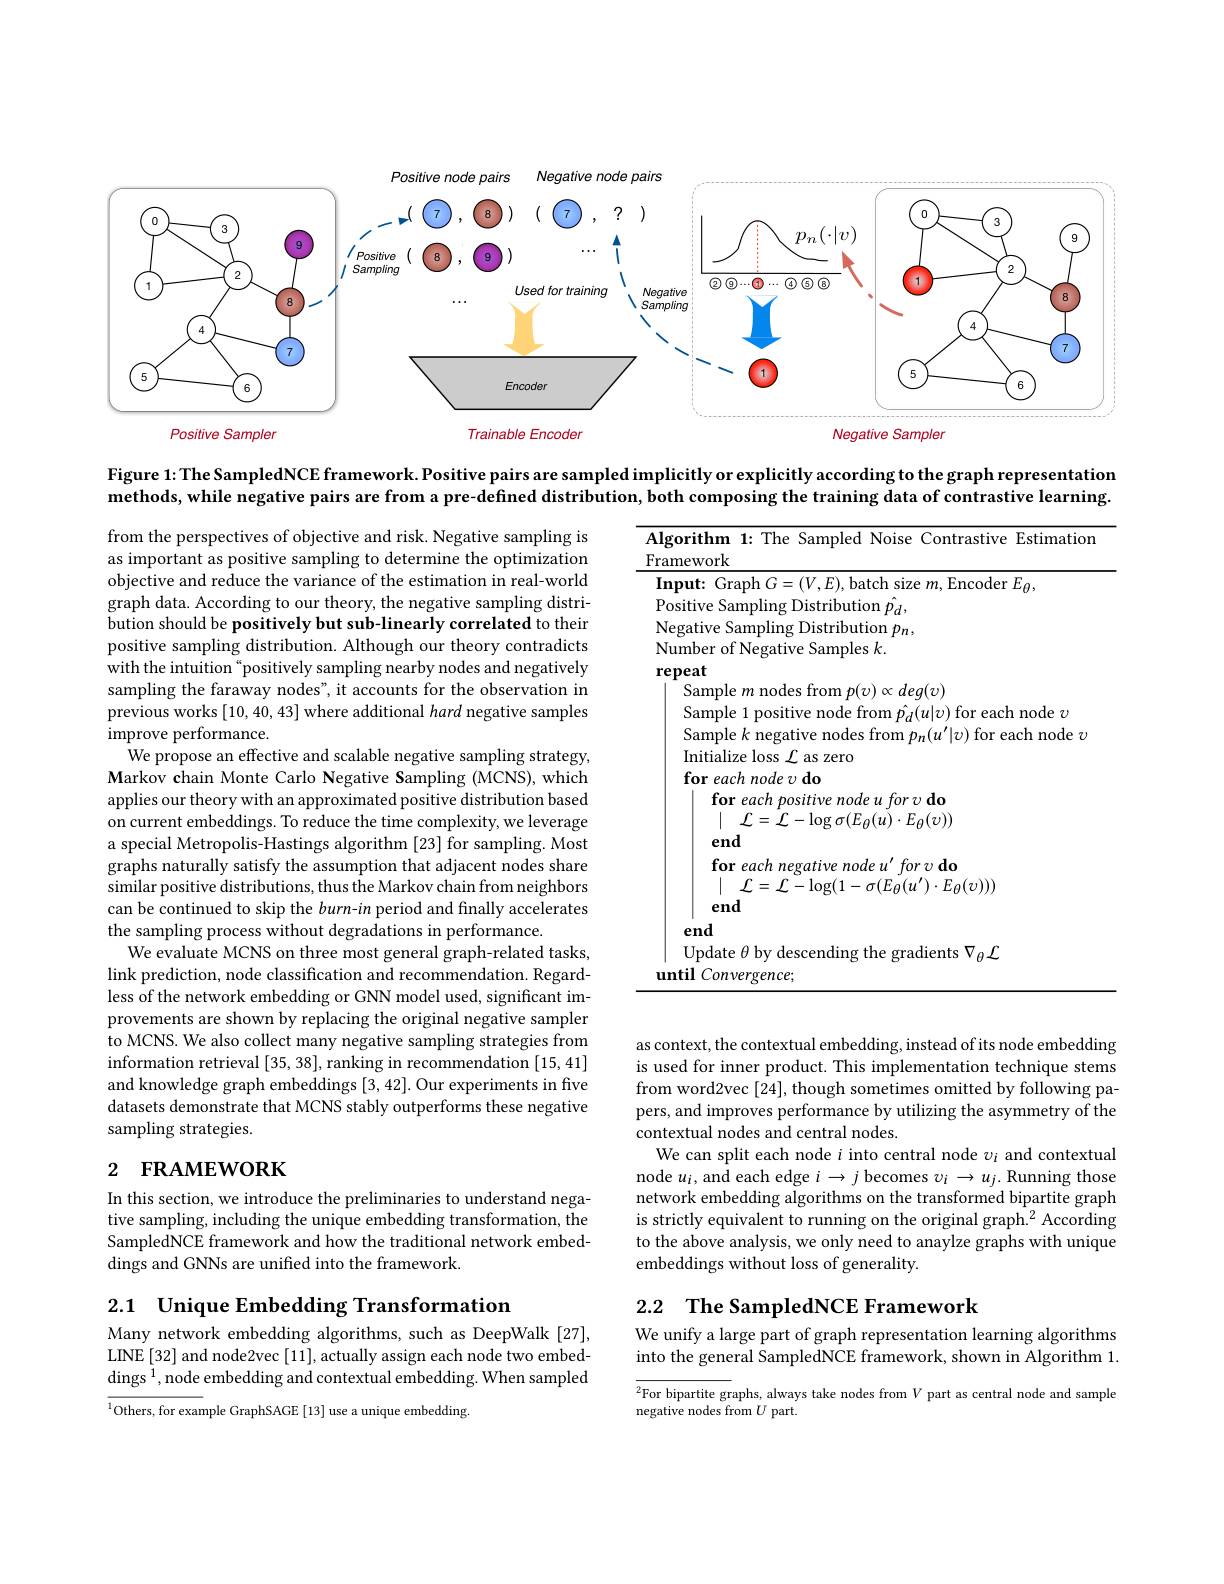
<FigureHere>

Figure 1: The SampledNCE framework. Positive pairs are sampled implicitly or explicitly according to the graph representation methods, while negative pairs are from a pre-defined distribution, both composing the training data of contrastive learning.

<table>
	<tbody>
		<tr>
			<td>$A$ $Fr$</td>
			<td>${\mathrm{orithm~1:~The~Sampled~Noise}}$ e Contrastive Estimatio ework</td>
		</tr>
		<tr>
			<td>1 1 1 1</td>
			<td>$F$ $\therefore a$</td>
		</tr>
		<tr>
			<td> </td>
			<td> </td>
		</tr>
		<tr>
			<td>T</td>
			<td> </td>
		</tr>
		<tr>
			<td>1 1</td>
			<td>mber of Negative Samples $k.$ eaf</td>
		</tr>
		<tr>
			<td> </td>
			<td>$\propto deg(v)$ Samnl</td>
		</tr>
		<tr>
			<td> </td>
			<td>7.</td>
		</tr>
		<tr>
			<td> </td>
			<td> </td>
		</tr>
		<tr>
			<td> </td>
			<td> </td>
		</tr>
		<tr>
			<td> </td>
			<td>for each positive node u for v do $\mid$ $\mathcal{L} = \mathcal{L} - \log \sigma ( E_{\theta }( u) \cdot E_{\theta }( v) )$ end</td>
		</tr>
		<tr>
			<td> </td>
			<td>end for each negative node u' for v do ${\mathcal{L} }= {\mathcal{L} }- \log ( 1- \sigma ( E_{\theta }( u^{\prime }) \cdot E_{\theta }( v) ) )$ end</td>
		</tr>
		<tr>
			<td>1</td>
			<td>$on1p$ rence</td>
		</tr>
	</tbody>
</table>

from the perspectives of objective and risk. Negative sampling is as important as positive sampling to determine the optimization objective and reduce the variance of the estimation in real-world graph data. According to our theory, the negative sampling distribution should be positively but sub-linearly correlated to their positive sampling distribution. Although our theory contradicts with the intuition "positively sampling nearby nodes and negatively sampling the faraway nodes", it accounts for the observation in previous works [10,40,43] where additional hard negative samples improve performance.
We propose an effective and scalable negative sampling strategy, Markov chain Monte Carlo Negative Sampling (MCNS), which applies our theory with an approximated positive distribution based on current embeddings. To reduce the time complexity, we leverage a special Metropolis-Hastings algorithm [23] for sampling. Most graphs naturally satisfy the assumption that adjacent nodes share similar positive distributions, thus the Markov chain from neighbors can be continued to skip the burn-in period and finally accelerates the sampling process without degradations in performance.
We evaluate MCNS on three most general graph-related tasks, link prediction, node classification and recommendation. Regardless of the network embedding or GNN model used, significant improvements are shown by replacing the original negative sampler to MCNS. We also collect many negative sampling strategies from information retrieval [35,38], ranking in recommendation [15,41] and knowledge graph embeddings [3,42]. Our experiments in five datasets demonstrate that MCNS stably outperforms these negative sampling strategies.
2 FRAMEWORK

as context, the contextual embedding, instead of its node embedding is used for inner product. This implementation technique stems from word2vec [24], though sometimes omitted by following papers, and improves performance by utilizing the asymmetry of the contextual nodes and central nodes.
We can split each node $i$ into central node $v_i$ and contextual node $u_i$, and each edge $i\to j$ becomes $v_i\to u_j.$ Running those network embedding algorithms on the transformed bipartite graph is strictly equivalent to running on the original graph.$^2$ According to the above analysis, we only need to anaylze graphs with unique embeddings without loss of generality.

In this section, we introduce the preliminaries to understand negative sampling, including the unique embedding transformation, the SampledNCE framework and how the traditional network embeddings and GNNs are unified into the framework.

2.1 Unique Embedding Transformation

# 2.2 The SampledNCE Framework

We unify a large part of graph representation learning algorithms into the general SampledNCE framework, shown in Algorithm 1.

Many network embedding algorithms, such as DeepWalk [27], LINE [32] and node2vec [11], actually assign each node two embeddings $^1$,node embedding and contextual embedding. When sampled

$\overline{^2\text{For bipartite gr}}$aphs, always take nodes from $V$ part as central node and sample
negative nodes from $U$ part.

$^{1}$Others, for example GraphSAGE [13] use a unique embedding.